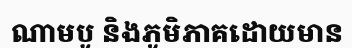
ណាមបូ និងភូមិភាគដោយមាន